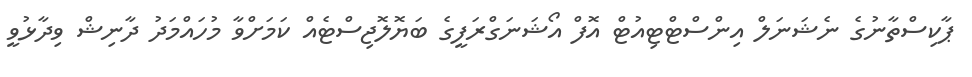
ޕާކިސްތާނުގެ ނެޝަނަލް އިންސްޓްޓިއުޓް އޮފް އޯޝަނަގްރަފީގެ ބަޔޮލޮޖިސްޓެއް ކަމަށްވާ މުހައްމަދު ދާނިޝް ވިދާޅުވީ